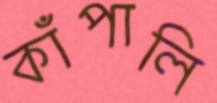
কাঁপালি